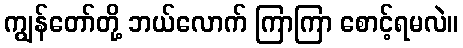
ကျွန်တော်တို့ ဘယ်လောက် ကြာကြာ စောင့်ရမလဲ။